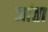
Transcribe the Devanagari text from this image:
जांता